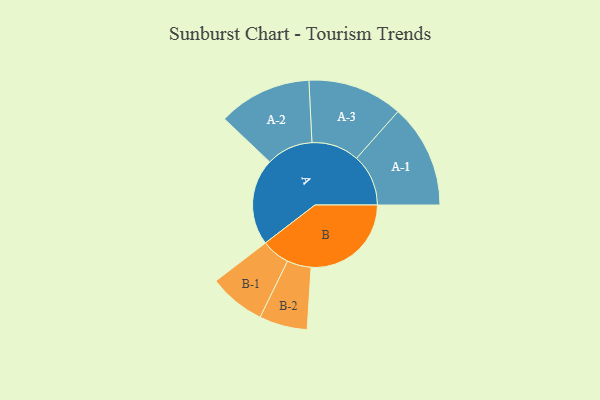
{"axis": {"x": "Segment", "y": "Value"}, "legend": ["", "A", "B"], "data": [{"x": "A", "y": 425, "type": ""}, {"x": "B", "y": 491, "type": ""}, {"x": "A-1", "y": 254, "type": "A"}, {"x": "A-2", "y": 229, "type": "A"}, {"x": "A-3", "y": 233, "type": "A"}, {"x": "B-1", "y": 139, "type": "B"}, {"x": "B-2", "y": 118, "type": "B"}]}